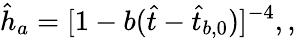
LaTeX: \hat{h}_{a}=[1-b(\hat{t}-\hat{t}_{b,0})]^{-4},,